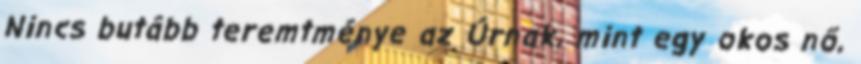
Nincs butább teremtménye az Úrnak, mint egy okos nő,